Lyperosia minuta, Bezzi - Number 59
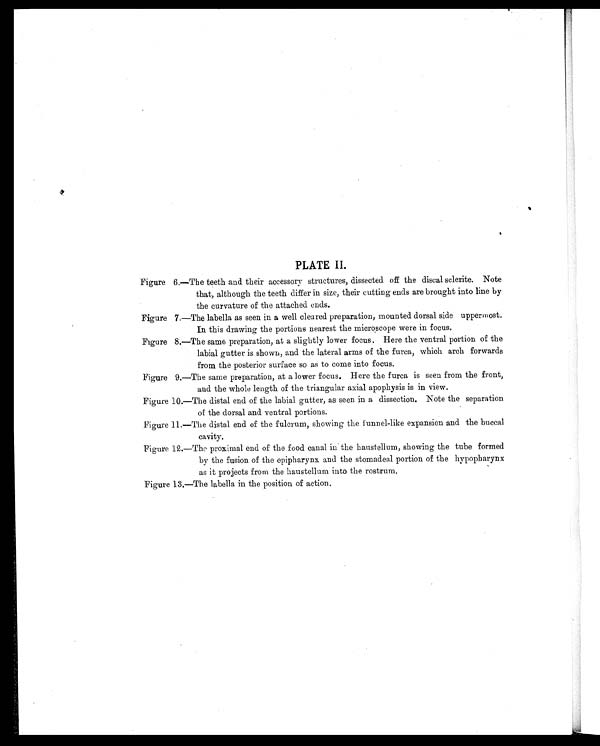
PLATE II
Figure 6.—The teeth and their accessory structures, dissected off the discal sclerite. Note
that, although the teeth differ in size, their cutting ends are brought into line by
the curvature of the attached ends.
Figure 7.—The labella as seen in a well cleared preparation, mounted dorsal side uppermost.
In this drawing the portions nearest the microscope were in focus,
Figure 8.—The same preparation, at a slightly lower focus. Here the ventral portion of the
labial gutter is shown, and the lateral arms of the furca, which arch forwards
from the posterior surface so as to come into focus.
Figure 9.—The same preparation, at a lower focus. Here the furca is seen from the front,
and the whole length of the triangular axial apophysis is in view.
Figure 10.—The distal end of the labial gutter, as seen in a dissection. Note the separation
of the dorsal and ventral portions.
Figure 11.—The distal end of the fulcrum, showing the f unnel-like expansion and the buccal
cavity.
Figure 12.—The proximal end of the food canal in the haustellum, showing the tube formed
by the fusion of the epipharynx and the stomadeal portion of the hypopharynx
as it projects from the haustellum into the rostrum.
Figure 13.—The labella in the position of action.